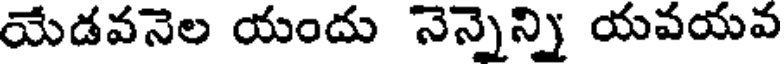
యేడవనెల యందు నెన్నెన్ని యవయవ